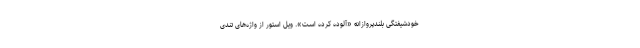
خودشیفتگی بلندپروازانه «آلوده کرده است». ویل استور از واژه‌های تندی